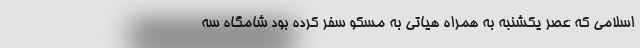
اسلامی که عصر یکشنبه به همراه هیاتی به مسکو سفر کرده بود شامگاه سه